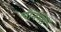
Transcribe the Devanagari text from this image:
चीनलों